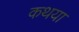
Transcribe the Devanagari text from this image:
कथया